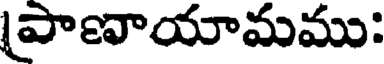
పాణాయామము: